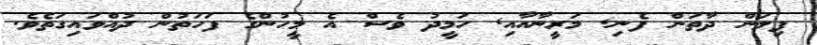
ފިލަން ދާތަން ފެނި